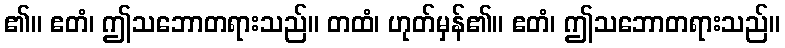
၏။ ဧတံ၊ ဤသဘောတရားသည်။ တထံ၊ ဟုတ်မှန်၏။ ဧတံ၊ ဤသဘောတရားသည်။